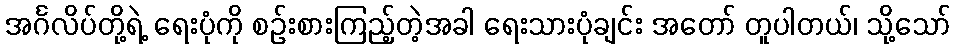
အင်္ဂလိပ်တို့ရဲ့ ရေးပုံကို စဉ်းစားကြည့်တဲ့အခါ ရေးသားပုံချင်း အတော် တူပါတယ်၊ သို့သော်